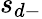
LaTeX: s_{d-}